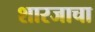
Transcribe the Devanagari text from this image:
शारजाचा